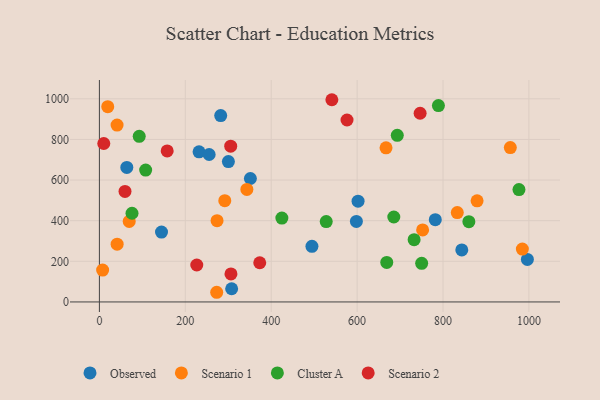
{"axis": {"x": "Engine Size", "y": "Demand"}, "legend": ["Cluster A", "Observed", "Scenario 1", "Scenario 2"], "data": [{"x": "843.7", "y": 256.2, "type": "Observed"}, {"x": "300.3", "y": 690.8, "type": "Observed"}, {"x": "494.8", "y": 273.8, "type": "Observed"}, {"x": "307.9", "y": 65.0, "type": "Observed"}, {"x": "144.6", "y": 344.2, "type": "Observed"}, {"x": "602.2", "y": 496.1, "type": "Observed"}, {"x": "996.4", "y": 209.2, "type": "Observed"}, {"x": "232.0", "y": 738.9, "type": "Observed"}, {"x": "255.5", "y": 725.9, "type": "Observed"}, {"x": "598.3", "y": 396.2, "type": "Observed"}, {"x": "63.8", "y": 662.3, "type": "Observed"}, {"x": "282.4", "y": 917.6, "type": "Observed"}, {"x": "782.0", "y": 404.9, "type": "Observed"}, {"x": "351.5", "y": 607.8, "type": "Observed"}, {"x": "69.4", "y": 396.2, "type": "Scenario 1"}, {"x": "956.7", "y": 759.8, "type": "Scenario 1"}, {"x": "833.2", "y": 439.8, "type": "Scenario 1"}, {"x": "41.3", "y": 284.6, "type": "Scenario 1"}, {"x": "273.9", "y": 400.1, "type": "Scenario 1"}, {"x": "291.9", "y": 498.6, "type": "Scenario 1"}, {"x": "343.3", "y": 553.9, "type": "Scenario 1"}, {"x": "273.1", "y": 47.6, "type": "Scenario 1"}, {"x": "41.1", "y": 870.8, "type": "Scenario 1"}, {"x": "19.4", "y": 961.5, "type": "Scenario 1"}, {"x": "752.5", "y": 354.4, "type": "Scenario 1"}, {"x": "7.5", "y": 157.0, "type": "Scenario 1"}, {"x": "879.3", "y": 497.9, "type": "Scenario 1"}, {"x": "667.3", "y": 758.6, "type": "Scenario 1"}, {"x": "984.7", "y": 260.3, "type": "Scenario 1"}, {"x": "860.2", "y": 395.2, "type": "Cluster A"}, {"x": "424.8", "y": 413.1, "type": "Cluster A"}, {"x": "976.8", "y": 553.0, "type": "Cluster A"}, {"x": "528.1", "y": 395.7, "type": "Cluster A"}, {"x": "693.5", "y": 820.3, "type": "Cluster A"}, {"x": "107.7", "y": 649.2, "type": "Cluster A"}, {"x": "750.3", "y": 189.9, "type": "Cluster A"}, {"x": "75.9", "y": 436.7, "type": "Cluster A"}, {"x": "789.3", "y": 966.8, "type": "Cluster A"}, {"x": "732.7", "y": 306.6, "type": "Cluster A"}, {"x": "685.4", "y": 418.1, "type": "Cluster A"}, {"x": "669.0", "y": 194.6, "type": "Cluster A"}, {"x": "92.7", "y": 815.5, "type": "Cluster A"}, {"x": "373.3", "y": 192.9, "type": "Scenario 2"}, {"x": "306.3", "y": 137.7, "type": "Scenario 2"}, {"x": "226.7", "y": 181.8, "type": "Scenario 2"}, {"x": "746.7", "y": 928.8, "type": "Scenario 2"}, {"x": "541.2", "y": 995.5, "type": "Scenario 2"}, {"x": "10.2", "y": 780.0, "type": "Scenario 2"}, {"x": "157.8", "y": 743.6, "type": "Scenario 2"}, {"x": "576.5", "y": 895.8, "type": "Scenario 2"}, {"x": "59.6", "y": 544.0, "type": "Scenario 2"}, {"x": "305.7", "y": 767.0, "type": "Scenario 2"}]}